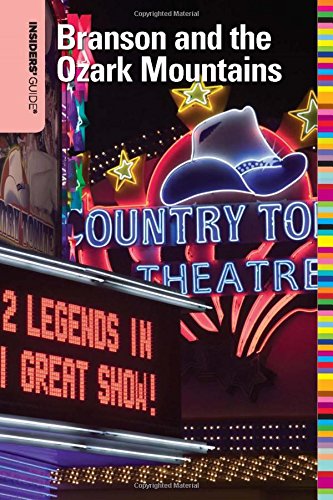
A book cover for Insiders' GuideÂ® to Branson and the Ozark Mountains (Insiders' Guide Series); Fred Pfister; Travel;